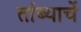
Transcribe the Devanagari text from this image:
तांब्याचें